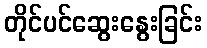
တိုင်ပင်ဆွေးနွေးခြင်း